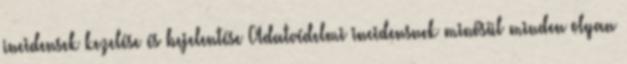
incidensek kezelése és bejelentése Adatvédelmi incidensnek minősül minden olyan